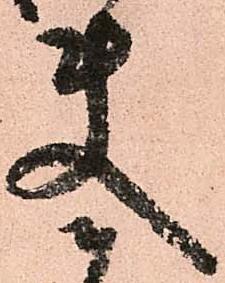
使